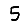
Digit: 5